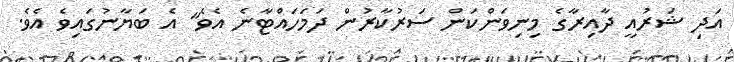
އަދި ޝަރުއީ ދާއިރާގެ މިނިވަންކަން ސަރުކާރުން ދަމަހައްޓާނެ އެވެ" އެ ބަޔާނުގައިވެ އެވެ.